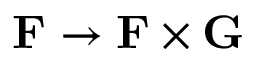
\mathbf { F } \rightarrow \mathbf { F } \times \mathbf { G }